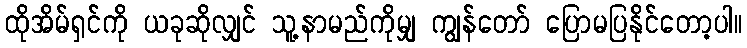
ထိုအိမ်ရှင်ကို ယခုဆိုလျှင် သူ့နာမည်ကိုမျှ ကျွန်တော် ပြောမပြနိုင်တော့ပါ။